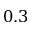
0 . 3